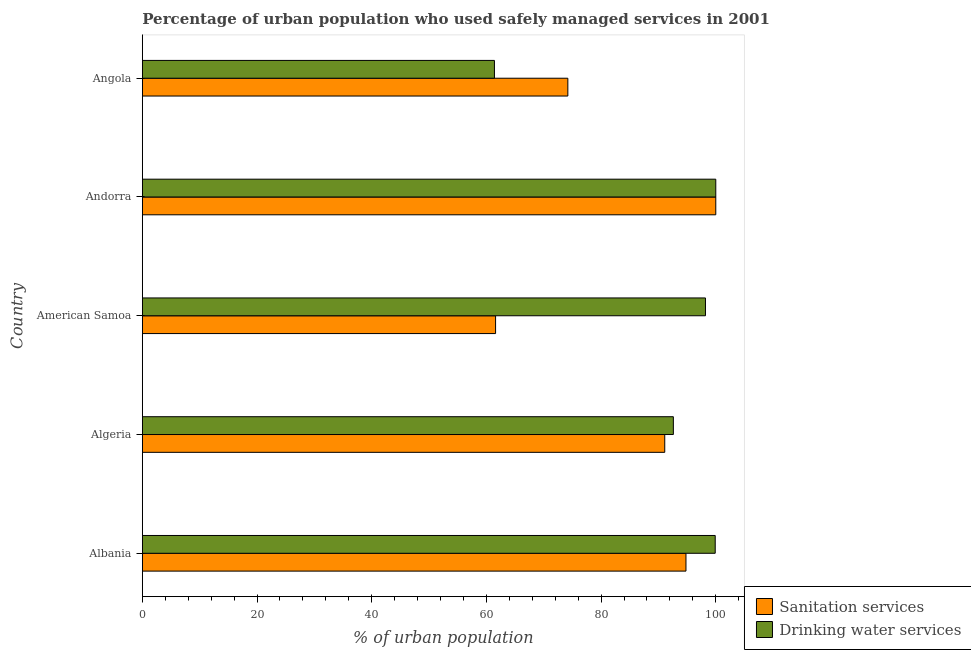
| Country | Sanitation services | Drinking water services |
 | --- | --- | --- |
 | Albania | 94.8 | 99.9 |
 | Algeria | 91.1 | 92.6 |
 | American Samoa | 61.6 | 98.2 |
 | Andorra | 100 | 100 |
 | Angola | 74.2 | 61.4 |